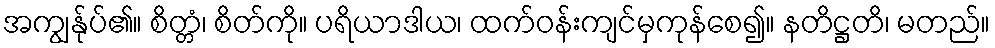
အကျွန်ုပ်၏။ စိတ္တံ၊ စိတ်ကို။ ပရိယာဒါယ၊ ထက်ဝန်းကျင်မှကုန်စေ၍။ နတိဋ္ဌတိ၊ မတည်။